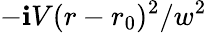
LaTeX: -\mathbf{i}V(r-r_{0})^{2}/w^{2}